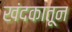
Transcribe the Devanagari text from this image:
खंदकातून